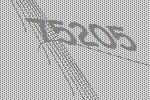
75205